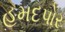
હમદપોર